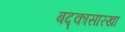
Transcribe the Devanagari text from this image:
बद्कासारखा